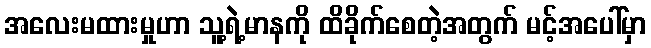
အလေးမထားမှုဟာ သူ့ရဲ့မာနကို ထိခိုက်စေတဲ့အတွက် မင့်အပေါ်မှာ